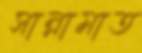
সান্নামাত